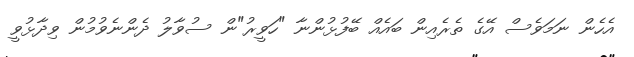
އެހެން ނަމަވެސް އޭގެ ތެރެއިން ބައެއް ބޭފުޅުންނާ "ހަވީރު"ން ސުވާލު ދެންނެވުމުން ވިދާޅުވީ